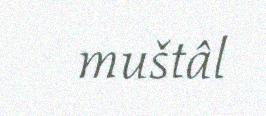
muštâl